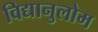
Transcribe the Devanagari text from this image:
विद्यानुलोम